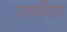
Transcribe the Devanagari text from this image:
उपमित